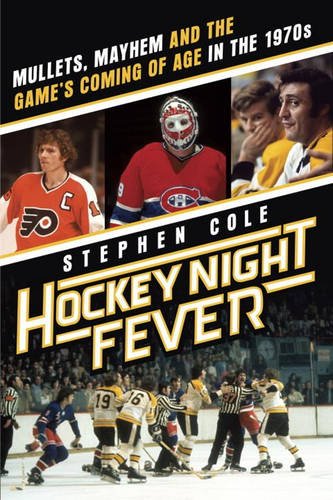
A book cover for Hockey Night Fever: Mullets, Mayhem and the Game's Coming of Age in the 1970s; Stephen Cole; Sports & Outdoors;